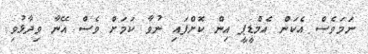
ނަމަވެސް އެކަން އެމްޑީޕީ އިން ކޮށްފައި ނުވާ ކަމަށް ވެސް އޭނާ ވިދާޅުވި